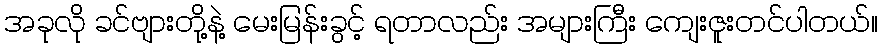
အခုလို ခင်ဗျားတို့နဲ့ မေးမြန်းခွင့် ရတာလည်း အများကြီး ကျေးဇူးတင်ပါတယ်။